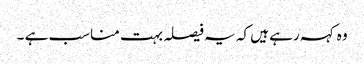
وہ کہہ رہے ہیں کہ یہ فیصلہ بہت مناسب ہے ۔